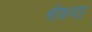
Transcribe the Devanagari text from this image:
श्रीत्रत्वड़